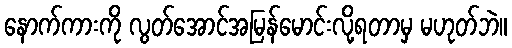
နောက်ကားကို လွတ်အောင်အမြန်မောင်းလို့ရတာမှ မဟုတ်ဘဲ။